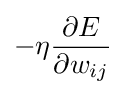
-\eta {\frac {\partial E}{\partial w_{ij}}}